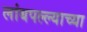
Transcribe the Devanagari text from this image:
लांबपल्ल्याच्या